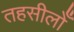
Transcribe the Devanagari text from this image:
तहसीलोँ